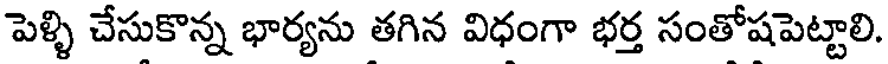
పెళ్ళి చేసుకొన్న భార్యను తగిన విధంగా భర్త సంతోషపెట్టాలి.